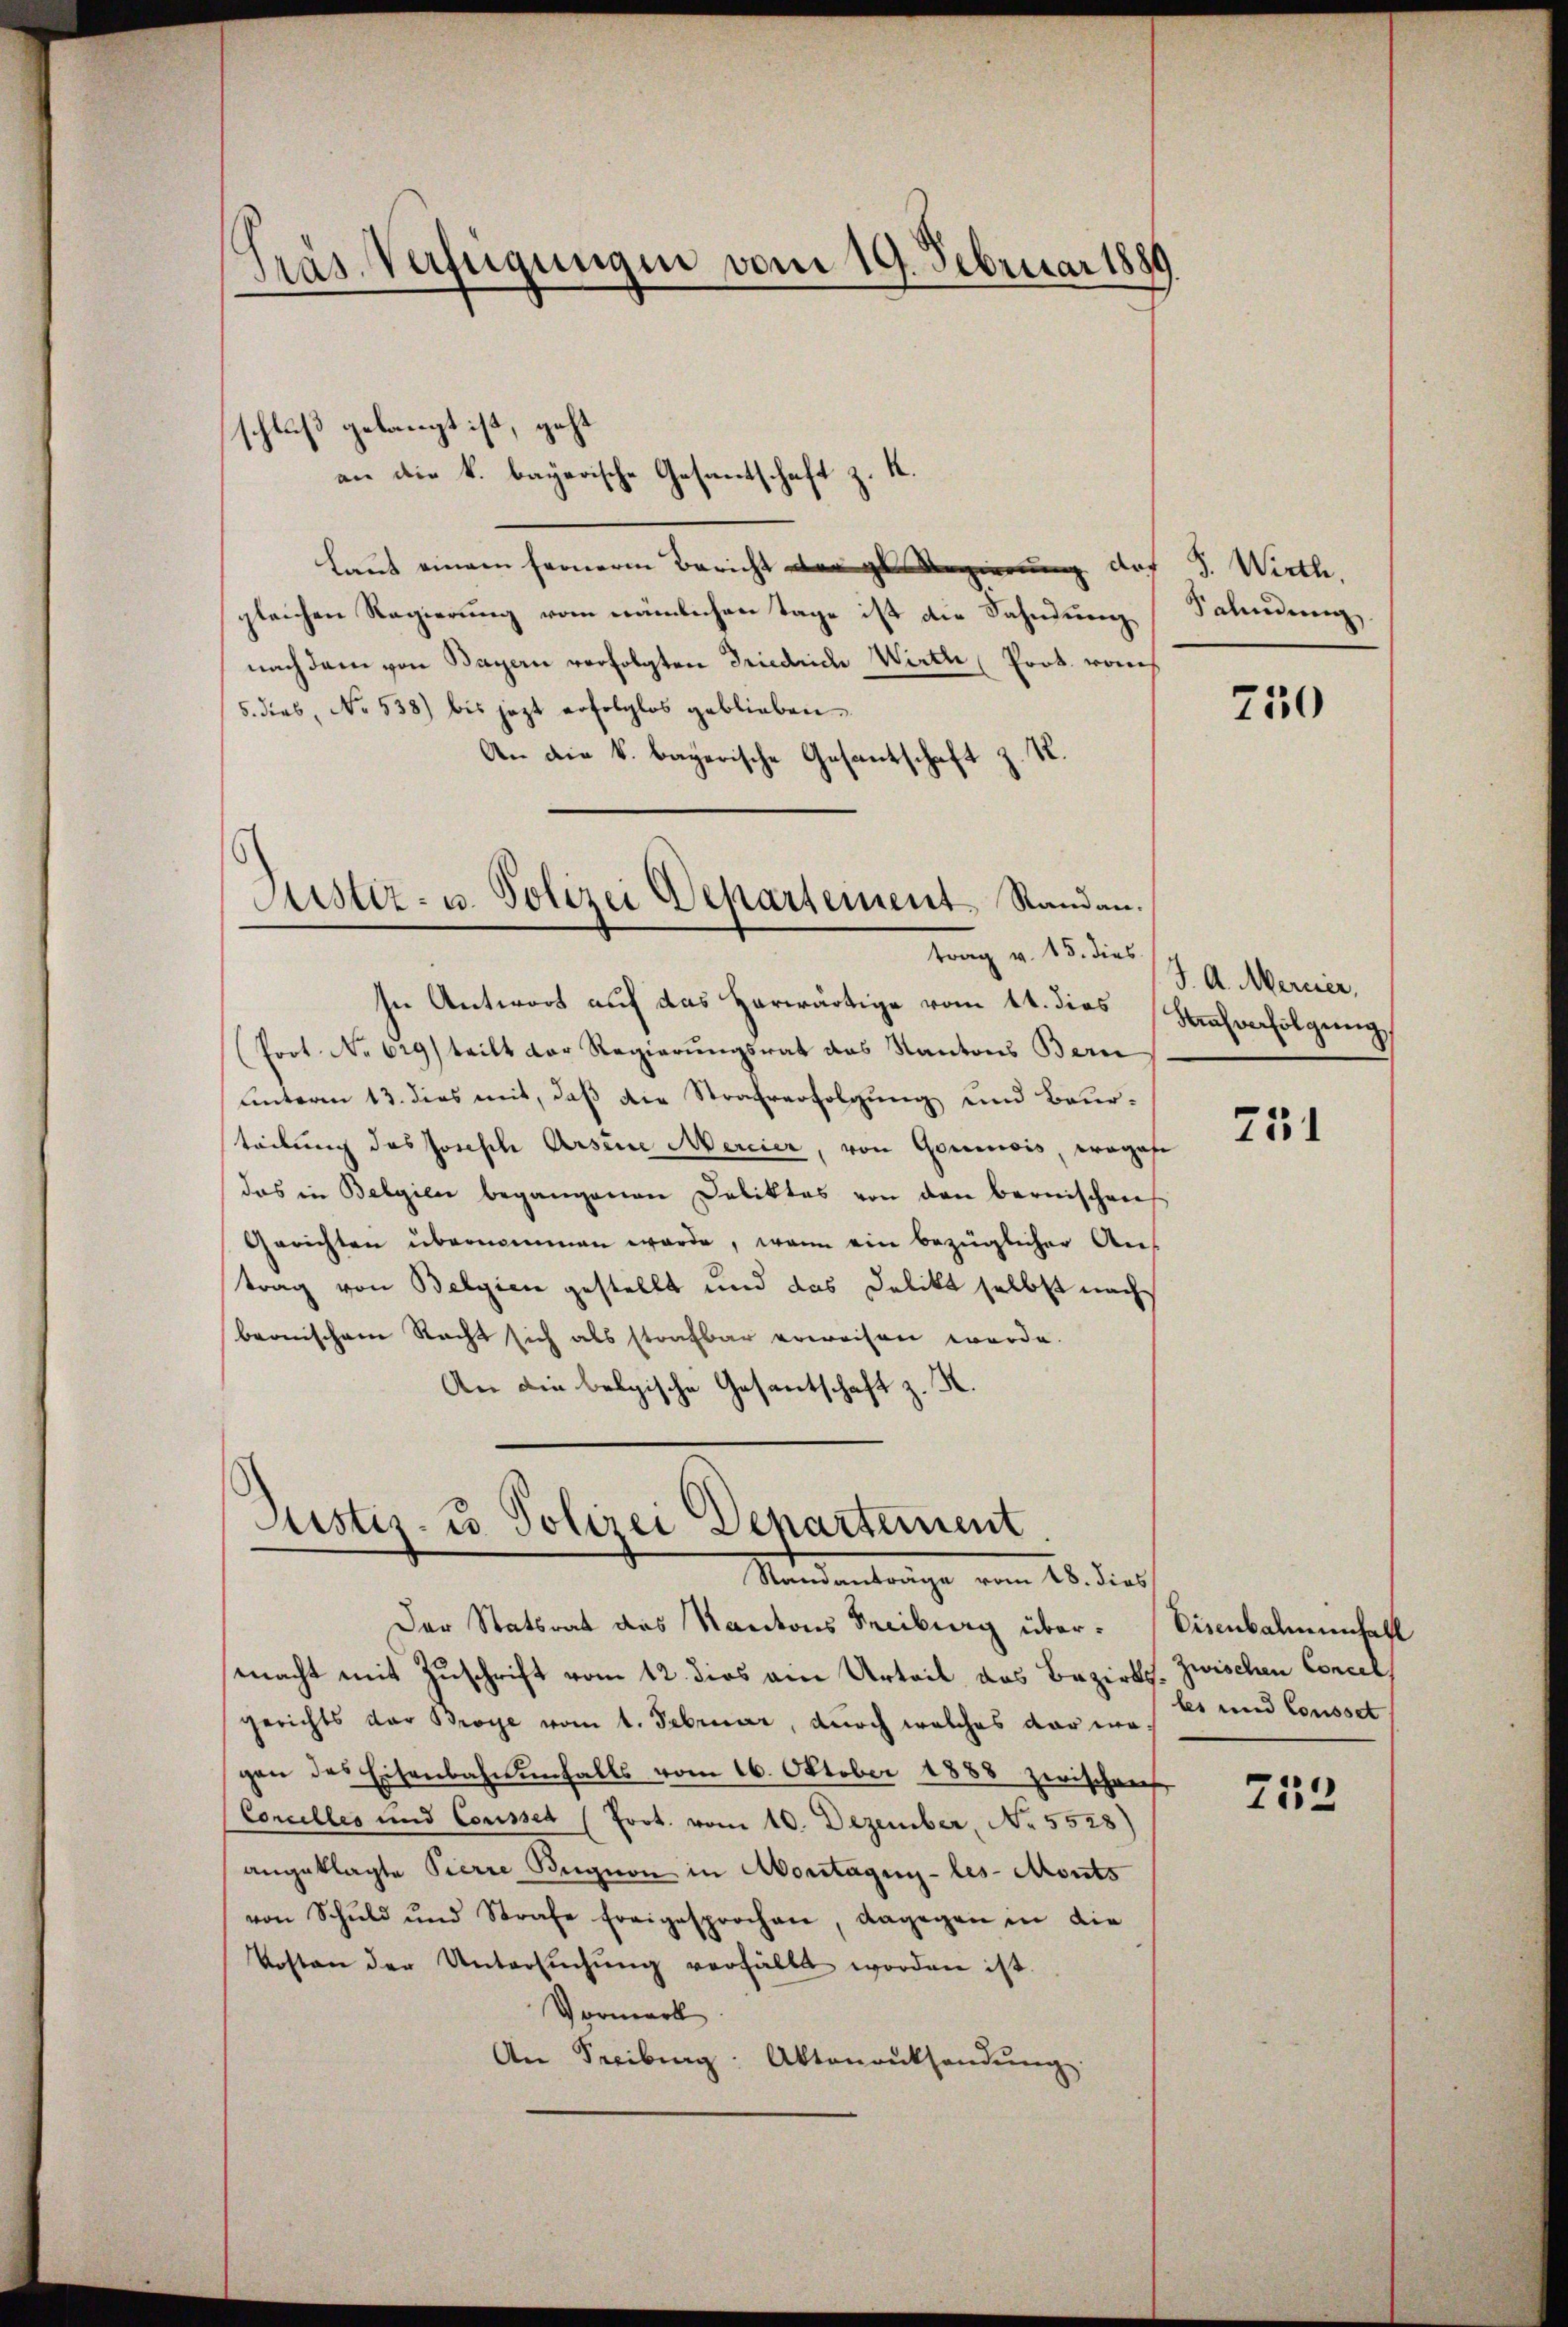
Gras Verfügungen vom 19. Februar 1889.

schluß gelangt ist, geht
¬
an die k. bayerische Gesandschaft z
Laut einem fernere Bericht der gl. Regierung doch J. Wirth,
gleichen Regierung vom nämlichen Tage ist die Fahndungnach dem von Bayern verfolgten Friedrich Wirthe Prot. rauch
5. dies, No. 538) bis jezt erfolglos geblieben.
An die k. bayerische Gesantschaft z. R.

Justiz- u. Polizei Departement. Randau.
trag v. 15. dies

In Antwort auf das Herwärtige vom 14. dies
Prot. No 629) teilt der Regierungsrat des Kantons Bern
unterm 13. dies mit, daß die Strafverfolgung und Beurteilung des Joseph Arsene Mercier, von Goumois, wogege
das in Belgien begangenen Deliktes von den bernischens
Gerichten übernommen werde, wenn ein bezüglicher Aus
trag von Belgien gestellt und das Delikt selbst nach
beonischem Nacht sich als strafbar erweisen werde.
An die belgische Gesantschaft z. R.

Justiz- u. Polizei Departement
Standentrache vom 16. dies

Der Statsrat des Kantons Freiburg über- Eisenbahnenfall
macht mit Zuschrift vom 12. dies ein Urteil das Bezirks-Zwischen Concil
gerichts der Broye vom 1. Februar, durch welches dar wa
gen des Eisenbahnenfalls vom 16. Oktober 1888 zerischens
Concilles und Cousset (Prot. vom 10. Dezember, No. 5528)
angeklagte Pierre Bugnon in Moritagun-les-Monts
von Schuld und Strafe freigesprochen, dagegen in die
Vosten der Untersŭchŭng verfällt worden ist.
Vormark
An Freiburg. Aktenrüksendŭng.

Sahndung

750

J. A. Mercier,
Kaufverfolgung

751

les und Cousset

752